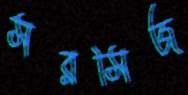
সরসিজ